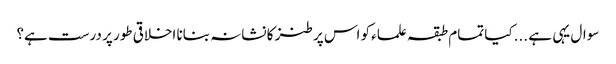
سوال یہی ہے ...کیا تمام طبقہ علماء کو اس پر طنز کا نشانہ بنانا اخلاقی طور پر درست ہے؟